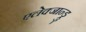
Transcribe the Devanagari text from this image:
एलेक्जान्ड्रु